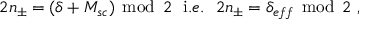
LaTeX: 2 n _ { \pm } = ( \delta + M _ { s c } ) \, \bmod \, 2 \, \, \, \, \mathrm { i } . e . \, \, \, \, 2 n _ { \pm } = \delta _ { e f f } \, \bmod \, 2 \, \, ,